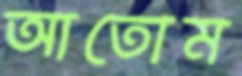
আতোম